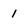
Character: 1